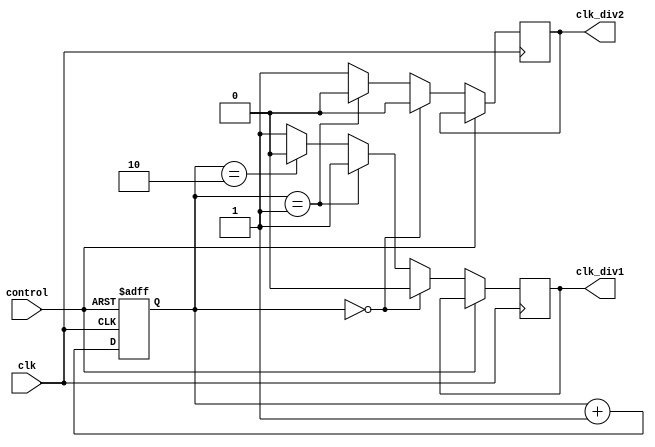
module dual_modulus_clock_divider (
    input wire clk,
    input wire control,
    output wire clk_div1,
    output wire clk_div2
);

reg [1:0] counter;
reg [1:0] modulus_select;

always @(posedge clk or posedge control) begin
    if (control) begin
        modulus_select <= ~modulus_select;
        counter <= 2'b00;
    end else begin
        if (counter == 2'b00) begin
            counter <= counter + 1;
            clk_div1 <= 1'b0;
            clk_div2 <= 1'b0;
        end else if (counter == 2'b01) begin
            counter <= counter + 1;
            clk_div1 <= 1'b1;
            clk_div2 <= 1'b0;
        end else if (counter == 2'b10) begin
            counter <= counter + 1;
            clk_div1 <= 1'b0;
            clk_div2 <= 1'b1;
        end else begin
            counter <= counter + 1;
            clk_div1 <= 1'b1;
            clk_div2 <= 1'b1;
        end
    end
end

endmodule